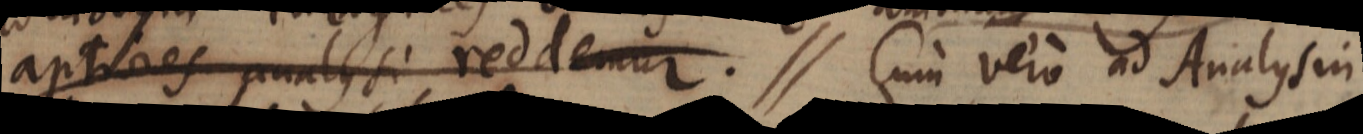
aptiores analysi reddemur. // Cum vero ad Analysin